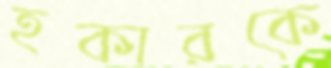
হকারকে